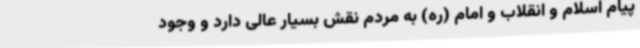
پیام اسلام و انقلاب و امام (ره) به مردم نقش بسیار عالی دارد و وجود